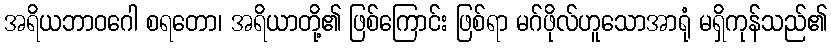
အရိယဘာဝဂေါ စရတော၊ အရိယာတို့၏ ဖြစ်ကြောင်း ဖြစ်ရာ မဂ်ဖိုလ်ဟူသောအာရုံ မရှိကုန်သည်၏